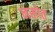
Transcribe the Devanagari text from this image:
नसोत